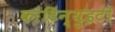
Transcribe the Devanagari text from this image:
कांटिन्युइटी